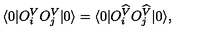
\langle 0 | O _ { i } ^ { V } O _ { j } ^ { V } | 0 \rangle = \langle 0 | O _ { i } ^ { \widehat { V } } O _ { j } ^ { \widehat { V } } | 0 \rangle ,